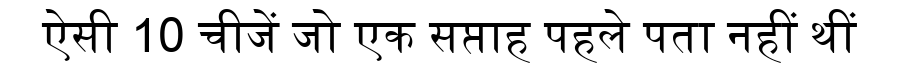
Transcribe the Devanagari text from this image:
ऐसी 10 चीजें जो एक सप्ताह पहले पता नहीं थीं